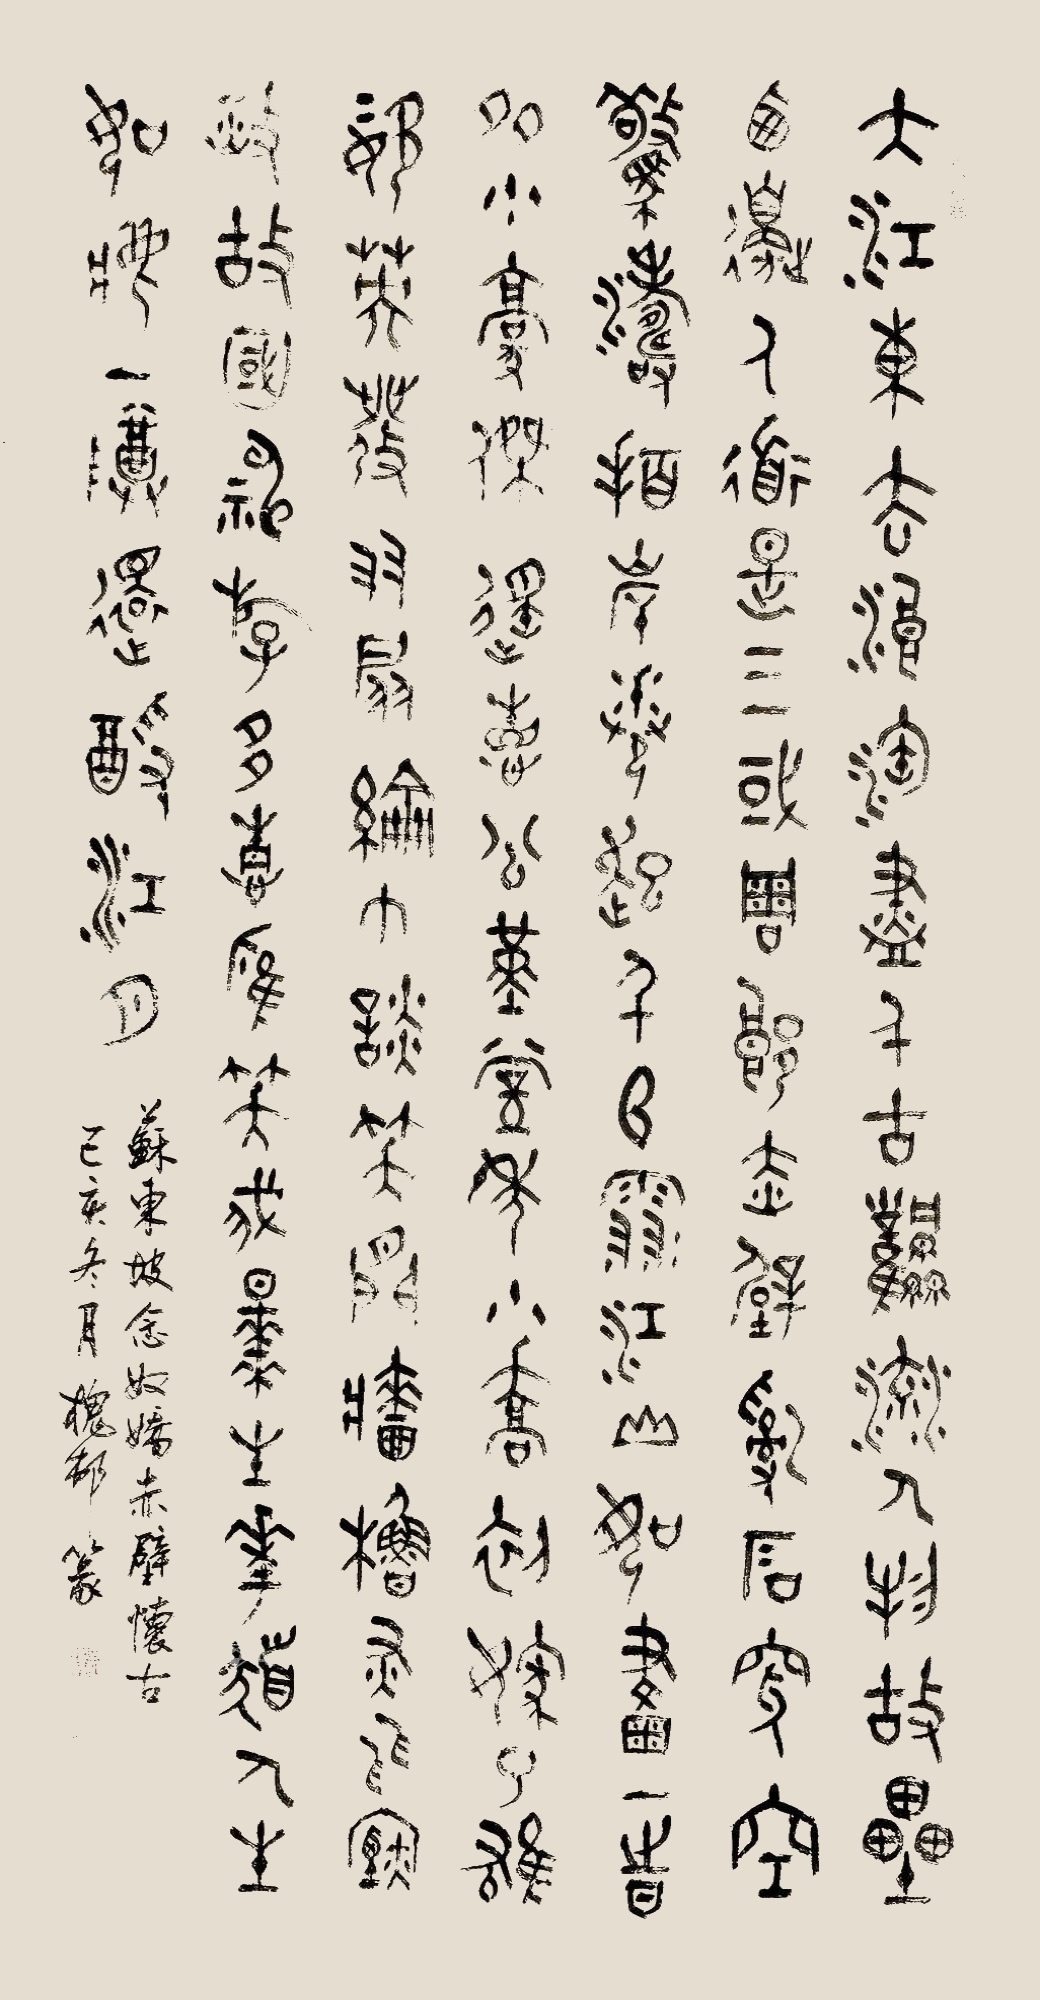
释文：大江东去，浪淘尽，千古风流人物。故垒西边，人道是，三国周郎赤壁。乱石穿空，惊涛拍岸，卷起千堆雪。江山如画，一时多少豪杰。遥想公瑾当年，小乔初嫁了，雄姿英发。羽扇纶巾，谈笑间，樯橹灰飞烟灭。故国神游，多情应笑我，早生华发。人生如梦，一尊还酹江月。孟庆栋（孟子七十三代孙）